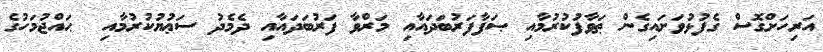
އަރިހަށްގޮސް ގެފުޅުވަށައިގެން ޠަވާފުކުރުމާއި ޞަފާފަރުބަދައާއި މަރްވާ ފަރުބަދައާއި ދެމެދު ސަޢުޔުކުރުމާއި  ޙައްޖުމަހުގެ